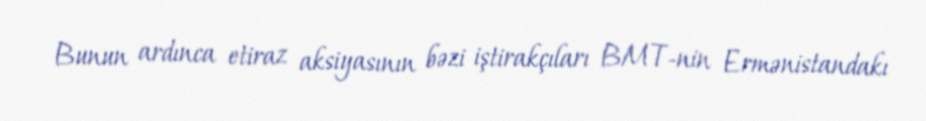
Bunun ardınca etiraz aksiyasının bəzi iştirakçıları BMT-nin Ermənistandakı